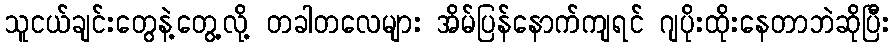
သူငယ်ချင်းတွေနဲ့တွေ့လို့ တခါတလေများ အိမ်ပြန်နောက်ကျရင် ဂျပိုးထိုးနေတာဘဲဆိုပြီး